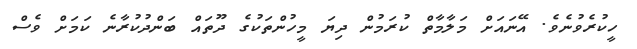
ހީކުރެވުނެވެ. އޭނައަށް މަލާމާތް ކުރަމުން ދިޔަ މީހުންތަކުގެ ދޫތައް ބަންދުކުރާނެ ކަމަށް ވެސް